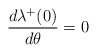
\begin{align*}\frac{d\lambda\sp+(0)}{d\theta}=0\end{align*}